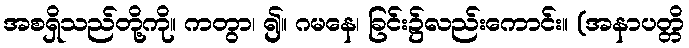
အစရှိသည်တို့ကို။ ကတွာ၊ ၍။ ဂမနေ၊ ခြင်း၌လည်းကောင်း။ (အနာပတ္တိ